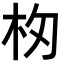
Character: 𣏯